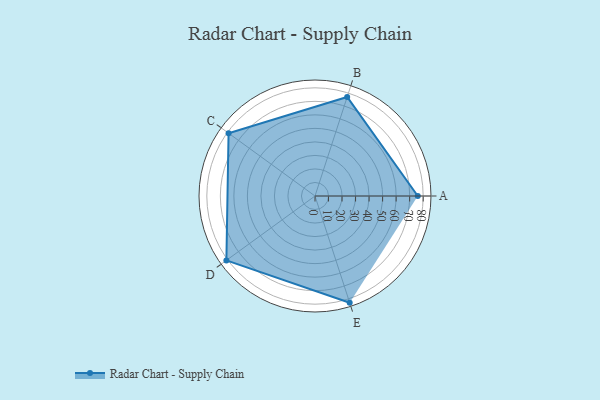
{"axis": {"x": "Skill", "y": "Score"}, "legend": ["Profile"], "data": [{"x": "A", "y": 76.0, "type": "Profile"}, {"x": "B", "y": 77.0, "type": "Profile"}, {"x": "C", "y": 79.0, "type": "Profile"}, {"x": "D", "y": 81.0, "type": "Profile"}, {"x": "E", "y": 83.0, "type": "Profile"}]}